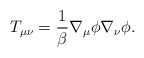
\begin{align*}T_{\mu\nu}=\frac{1}{\beta}\nabla_{\mu}\phi\nabla_{\nu}\phi .\end{align*}